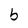
Character: b